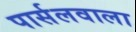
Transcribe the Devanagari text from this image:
पार्सलवाला